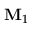
{ { \bf { M } } _ { 1 } }